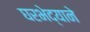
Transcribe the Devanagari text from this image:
घरभेद्याने